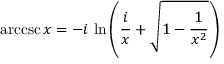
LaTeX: \operatorname { a r c c s c } x = - i \, \ln \left( { \frac { i } { x } } + { \sqrt { 1 - { \frac { 1 } { x ^ { 2 } } } } } \right)